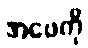
အဖေကို